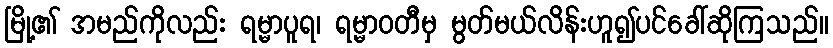
မြို့၏ အမည်ကိုလည်း ရမ္မာပူရ၊ ရမ္မာဝတီမှ မွတ်မယ်လိန်းဟူ၍ပင်ခေါ်ဆိုကြသည်။